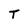
Character: T